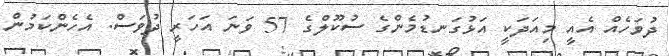
ދުވަހެއް އެއީ މިއަދަކީ އަޅުގަނޑުމެންގެ ސުކޫލްގެ 57 ވަނަ އަހަރީ ދުވަސް. އެހެންކަމުން